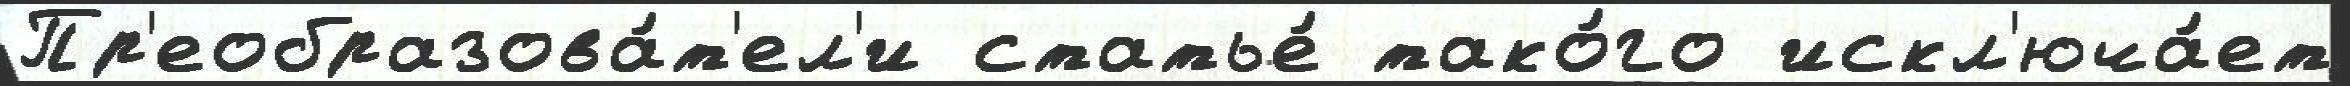
Пр'еобразова́т'ел'и статье́ тако́го искл'юча́ет